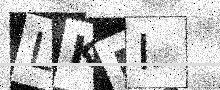
Text: LKEI